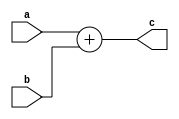
module add(a,b,c);
input a,b;
output c;
assign c=a+b;
endmodule